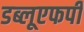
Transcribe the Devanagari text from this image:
डब्लूएफपी